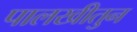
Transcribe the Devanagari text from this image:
पालखीतुन